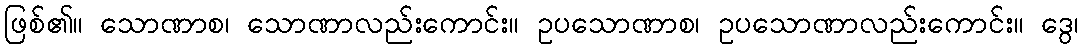
ဖြစ်၏။ သောဏာစ၊ သောဏာလည်းကောင်း။ ဥပသောဏာစ၊ ဥပသောဏာလည်းကောင်း။ ဒွေ၊